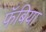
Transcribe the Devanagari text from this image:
फॅबिया